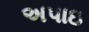
અપાઇ